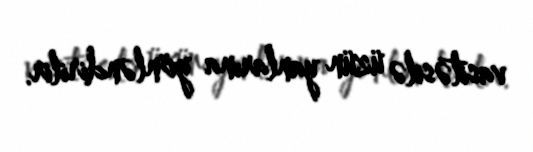
vasitəsilə üzün yanlarına yönləndirilir.